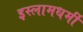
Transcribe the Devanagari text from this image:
इस्लामधर्मी